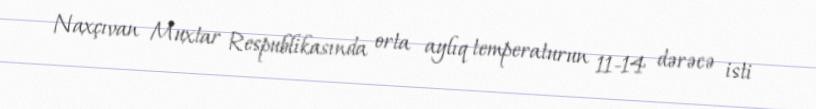
Naxçıvan Muxtar Respublikasında orta aylıq temperaturun 11-14 dərəcə isti